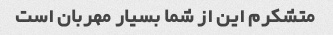
متشکرم این از شما بسیار مهربان است